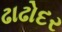
ઢાઢોદર